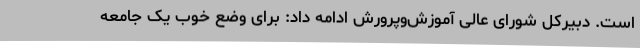
است. دبیرکل شورای عالی آموزش‌وپرورش ادامه داد: برای وضع خوب یک جامعه